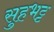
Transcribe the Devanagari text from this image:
सुहभट्ट